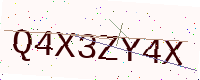
Text: Q4X3ZY4X